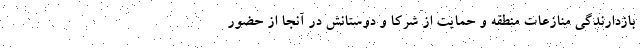
بازدارندگی منازعات منطقه و حمایت از شرکا و دوستانش در آنجا از حضور